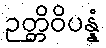
ဉတ္တိဝိပန္နံ